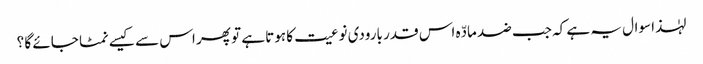
لہٰذا سوال یہ ہے کہ جب ضد مادّہ اس قدر بارودی نوعیت کا ہوتا ہے تو پھر اس سے کیسے نمٹا جائے گا ؟